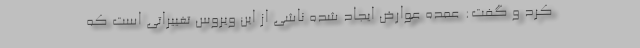
کرد و گفت: عمده عوارض ایجاد شده ناشی از این ویروس تغییراتی است که